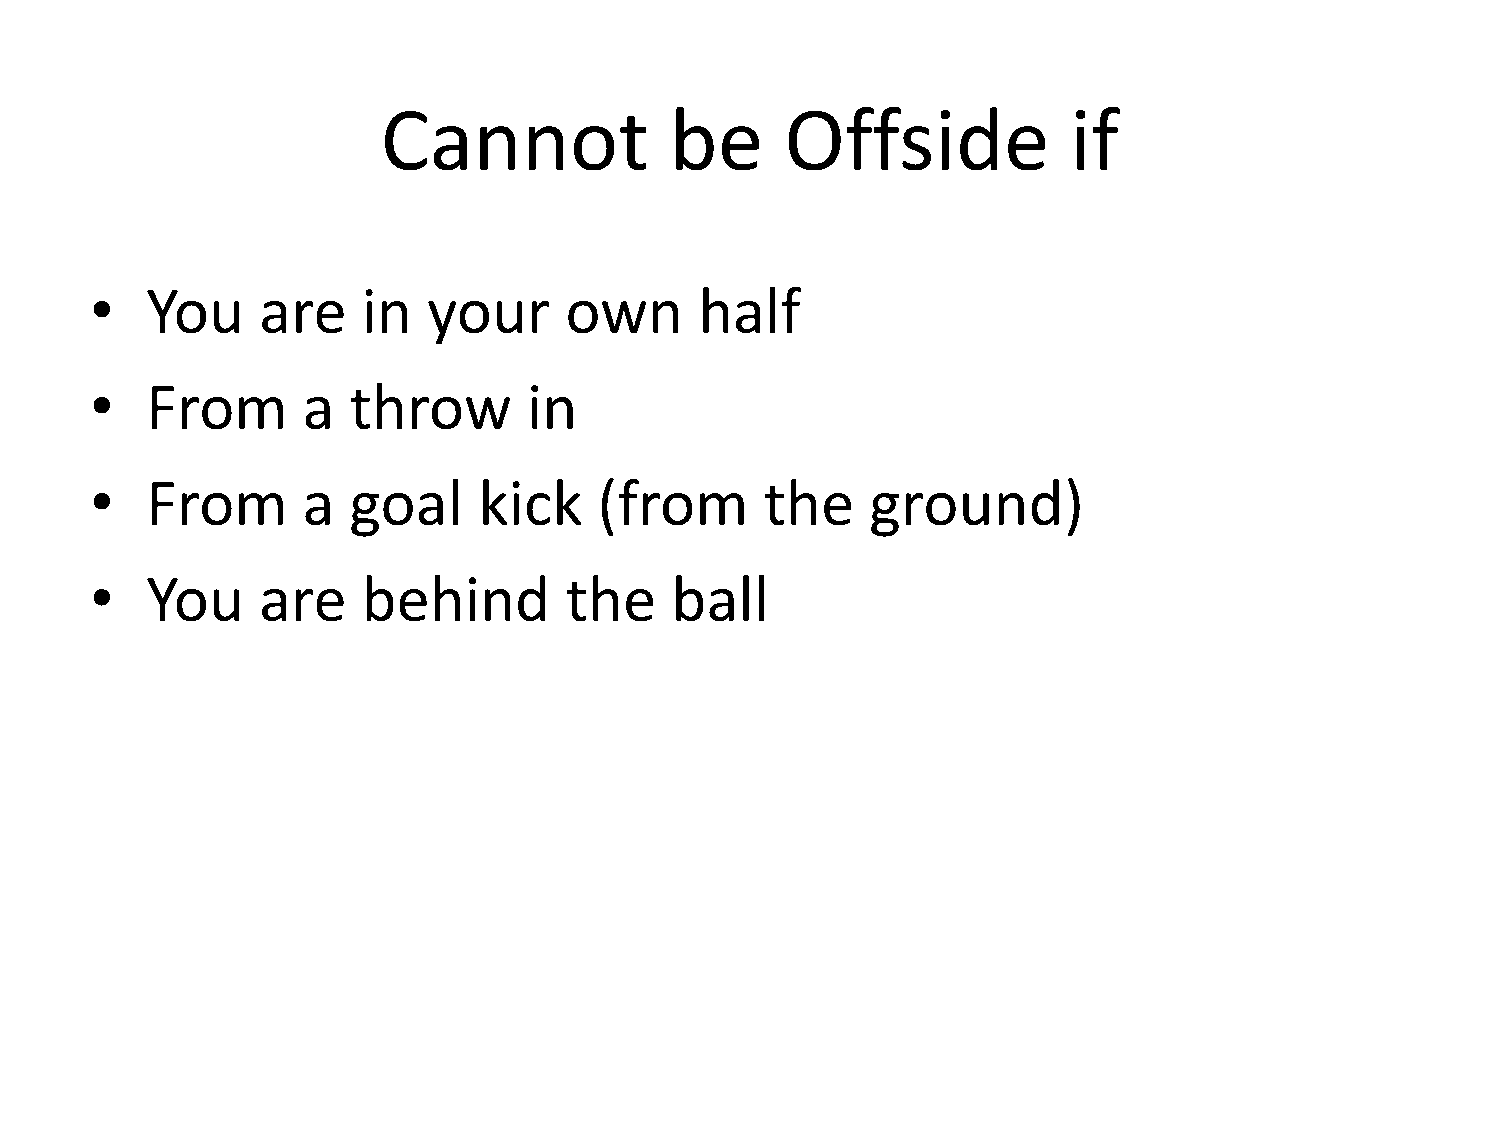
Cannot             be      Offside            if
 •   You    are    in  your     own      half
 •   From      a  throw       in
 •   From      a  goal     kick    (from      the    ground)
 •   You    are    behind       the    ball